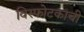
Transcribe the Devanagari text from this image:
विस्फोटकाची